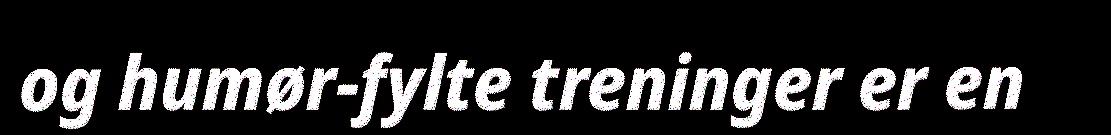
og humør-fylte treninger er en